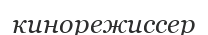
кинорежиссер